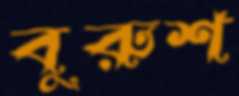
বুরুশ